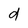
Character: d